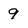
Character: 9